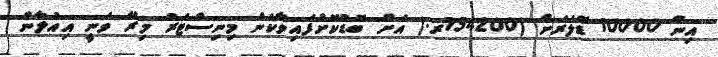
އިން 10000 ޑޮލަރަށް (154200ރ.) އަށް ބޮޑުކޮށްފައިވާކަން މިނިސްޓަރު މިރޭ ވަނީ އިއުލާން